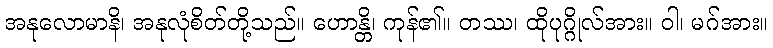
အနုလောမာနိ၊ အနုလုံစိတ်တို့သည်။ ဟောန္တိ၊ ကုန်၏။ တဿ၊ ထိုပုဂ္ဂိုလ်အား။ ဝါ၊ မဂ်အား။